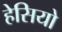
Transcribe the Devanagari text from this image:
हेसियो